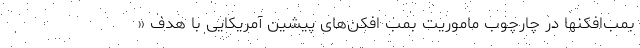
بمب‌افکنها در چارچوب ماموریت بمب افکن‌های پیشین آمریکایی با هدف «